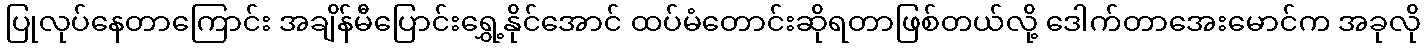
ပြုလုပ်နေတာကြောင်း အချိန်မီပြောင်းရွှေ့နိုင်အောင် ထပ်မံတောင်းဆိုရတာဖြစ်တယ်လို့ ဒေါက်တာအေးမောင်က အခုလို